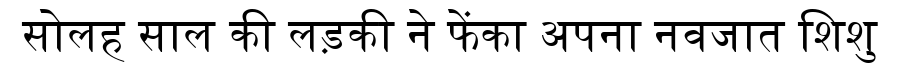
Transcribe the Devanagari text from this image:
सोलह साल की लड़की ने फेंका अपना नवजात शिशु